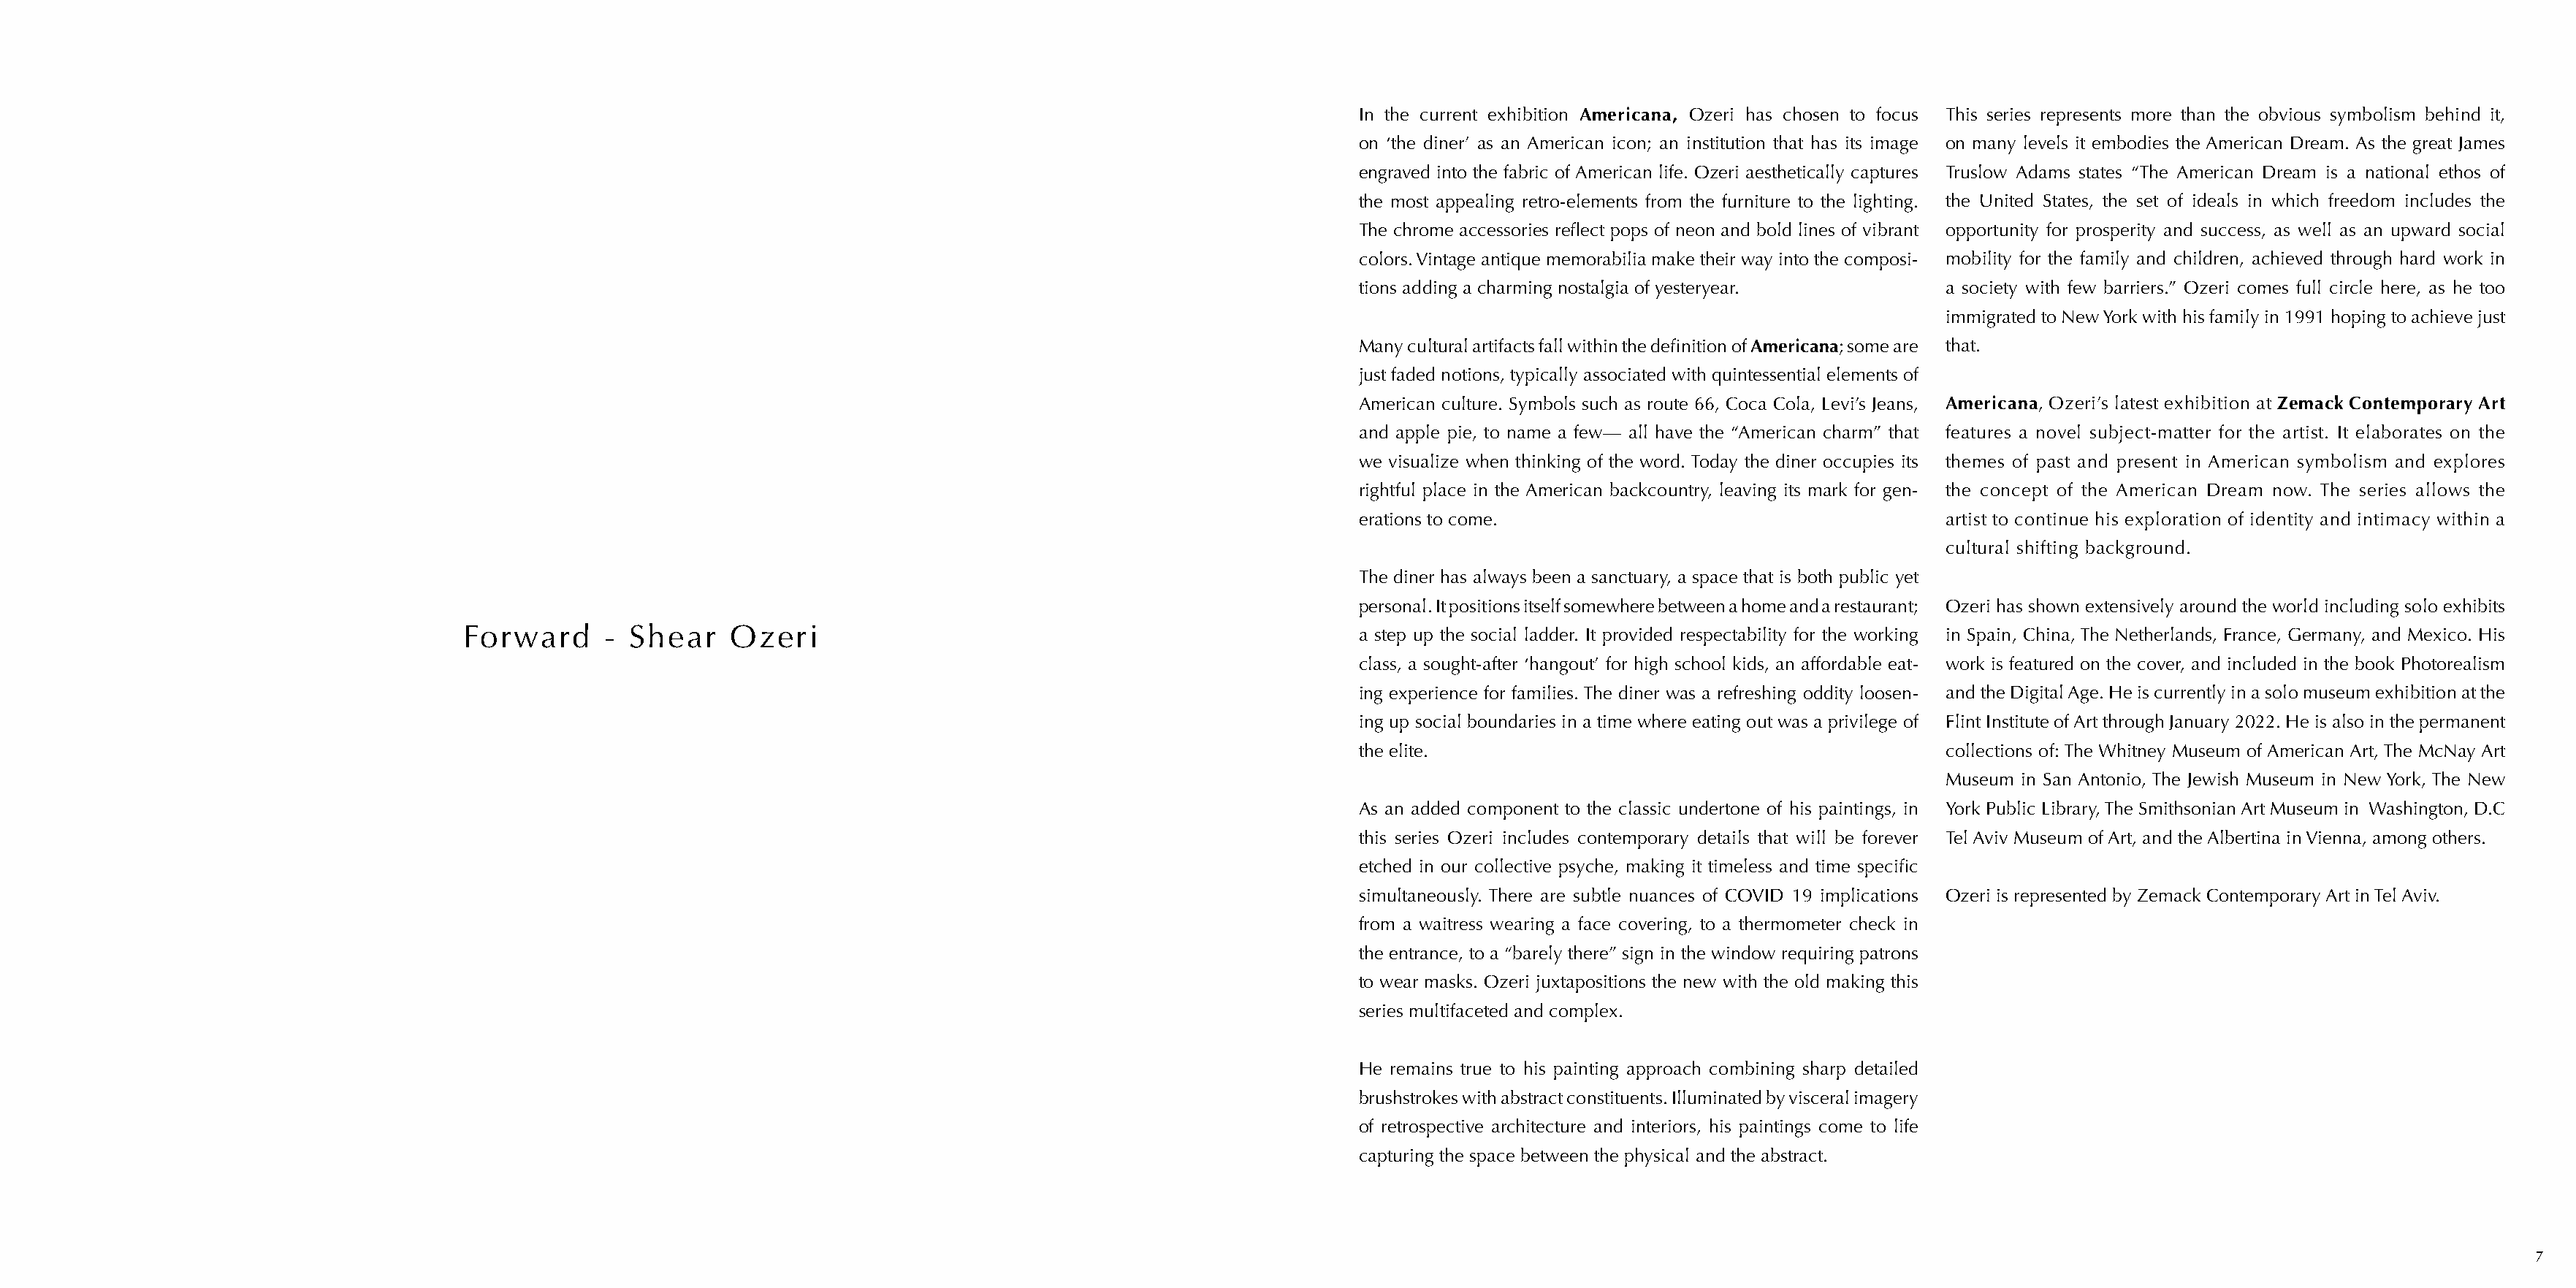
In the current exhibition Americana, Ozeri has chosen to focus This series represents more than the obvious symbolism behind it,
 on ‘the diner’ as an American icon; an institution that has its image on many levels it embodies the American Dream. As the great James
 engraved into the fabric of American life. Ozeri aesthetically captures Truslow Adams states “The American Dream is a national ethos of
 the most appealing retro-elements from the furniture to the lighting. the United States, the set of ideals in which freedom includes the
 The chrome accessories reflect pops of neon and bold lines of vibrant opportunity for prosperity and success, as well as an upward social
 colors. Vintage antique memorabilia make their way into the composi- mobility for the family and children, achieved through hard work in
 tions adding a charming nostalgia of yesteryear.     a society with few barriers.” Ozeri comes full circle here, as he too
 immigrated to New York with his family in 1991 hoping to achieve just
 Many cultural artifacts fall within the definition of Americana; some are that.
 just faded notions, typically associated with quintessential elements of
 American culture. Symbols such as route 66, Coca Cola, Levi’s Jeans, Americana, Ozeri’s latest exhibition at Zemack Contemporary Art
 and apple pie, to name a few— all have the “American charm” that features a novel subject-matter for the artist. It elaborates on the
 we visualize when thinking of the word. Today the diner occupies its themes of past and present in American symbolism and explores
 rightful place in the American backcountry, leaving its mark for gen- the concept of the American Dream now. The series allows the
 erations to come.                                    artist to continue his exploration of identity and intimacy within a
 cultural shifting background.
 The diner has always been a sanctuary, a space that is both public yet
 personal. It positions itself somewhere between a home and a restaurant; Ozeri has shown extensively around the world including solo exhibits
 Forward      - Shear    Ozeri                                                    a step up the social ladder. It provided respectability for the working in Spain, China, The Netherlands, France, Germany, and Mexico. His
 class, a sought-after ‘hangout’ for high school kids, an affordable eat- work is featured on the cover, and included in the book Photorealism
 ing experience for families. The diner was a refreshing oddity loosen- and the Digital Age. He is currently in a solo museum exhibition at the
 ing up social boundaries in a time where eating out was a privilege of Flint Institute of Art through January 2022. He is also in the permanent
 the elite.                                           collections of: The Whitney Museum of American Art, The McNay Art
 Museum in San Antonio, The Jewish Museum in New York, The New
 As an added component to the classic undertone of his paintings, in York Public Library, The Smithsonian Art Museum in Washington, D.C
 this series Ozeri includes contemporary details that will be forever Tel Aviv Museum of Art, and the Albertina in Vienna, among others.
 etched in our collective psyche, making it timeless and time specific
 simultaneously. There are subtle nuances of COVID 19 implications Ozeri is represented by Zemack Contemporary Art in Tel Aviv.
 from a waitress wearing a face covering, to a thermometer check in
 the entrance, to a “barely there” sign in the window requiring patrons
 to wear masks. Ozeri juxtapositions the new with the old making this
 series multifaceted and complex.
 He remains true to his painting approach combining sharp detailed
 brushstrokes with abstract constituents. Illuminated by visceral imagery
 of retrospective architecture and interiors, his paintings come to life
 capturing the space between the physical and the abstract.
 7